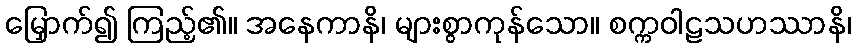
မြှောက်၍ ကြည့်၏။ အနေကာနိ၊ များစွာကုန်သော။ စက္ကဝါဠသဟဿာနိ၊